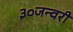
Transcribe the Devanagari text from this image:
३०जन्वरी